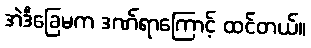
အဲဒီခြေမက ဒဏ်ရာကြောင့် ထင်တယ်။